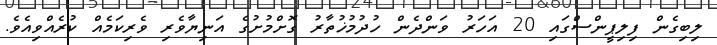
ލިބިގެން ފިލިޕީންސްގައި 20 އަހަރު ވަންދެން ހުދުމުޚުތާރު ގޮށްމުށުގެ އަނިޔާވެރި ވެރިކަމެއް ކުރެއްވިއެވެ.